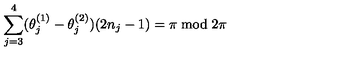
\sum _ { j = 3 } ^ { 4 } ( \theta _ { j } ^ { ( 1 ) } - \theta _ { j } ^ { ( 2 ) } ) ( 2 n _ { j } - 1 ) = \pi \bmod 2 \pi